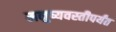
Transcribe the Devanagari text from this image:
मनुष्यवस्तीपर्यंत